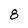
Character: 8